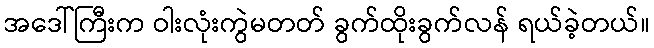
အဒေါ်ကြီးက ဝါးလုံးကွဲမတတ် ခွက်ထိုးခွက်လန် ရယ်ခဲ့တယ်။